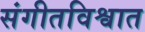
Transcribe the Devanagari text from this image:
संगीतविश्वात